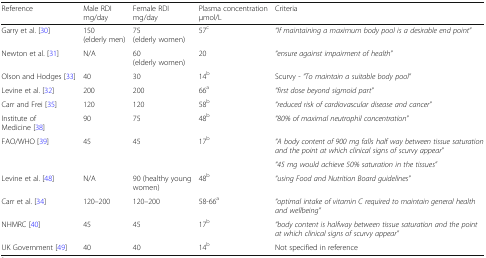
<table><thead><tr><td><b>Reference</b></td><td><b>Male RDI mg/day</b></td><td><b>Female RDI mg/day</b></td><td><b>Plasma concentrationμmol/L</b></td><td><b>Criteria</b></td></tr></thead><tbody><tr><td>Garry et al. [30]</td><td>150 (elderly men)</td><td>75 (elderly women)</td><td>57<sup>c</sup></td><td><i>“If maintaining a maximum body pool is a desirable end point”</i></td></tr><tr><td>Newton et al. [31]</td><td>N/A</td><td>60 (elderly women)</td><td>20</td><td><i>“ensure against impairment of health”</i></td></tr><tr><td>Olson and Hodges [33]</td><td>40</td><td>30</td><td>14<sup>b</sup></td><td>Scurvy - <i>“To maintain a suitable body pool”</i></td></tr><tr><td>Levine et al. [32]</td><td>200</td><td>200</td><td>66<sup>a</sup></td><td><i>“first dose beyond sigmoid part”</i></td></tr><tr><td>Carr and Frei [35]</td><td>120</td><td>120</td><td>58<sup>b</sup></td><td><i>“reduced risk of cardiovascular disease and cancer”</i></td></tr><tr><td>Institute of Medicine [38]</td><td>90</td><td>75</td><td>48<sup>b</sup></td><td><i>“80% of maximal neutrophil concentration”</i></td></tr><tr><td rowspan="2">FAO/WHO [39]</td><td rowspan="2">45</td><td rowspan="2">45</td><td rowspan="2">17<sup>b</sup></td><td><i>“A body content of 900 mg falls half way between tissue saturation and the point at which clinical signs of scurvy appear”</i></td></tr><tr><td><i>“45 mg would achieve 50% saturation in the tissues”</i></td></tr><tr><td>Levine et al. [48]</td><td>N/A</td><td>90 (healthy young women)</td><td>48<sup>b</sup></td><td><i>“using Food and Nutrition Board guidelines”</i></td></tr><tr><td>Carr et al. [34]</td><td>120–200</td><td>120–200</td><td>58-66<sup>a</sup></td><td><i>“optimal intake of vitamin C required to maintain general health and wellbeing”</i></td></tr><tr><td>NHMRC [40]</td><td>45</td><td>45</td><td>17<sup>b</sup></td><td><i>“body content is halfway between tissue saturation and the point at which clinical signs of scurvy appear”</i></td></tr><tr><td>UK Government [49]</td><td>40</td><td>40</td><td>14<sup>b</sup></td><td>Not specified in reference</td></tr></tbody></table>